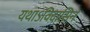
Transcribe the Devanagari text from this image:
यथाऽविदासिन